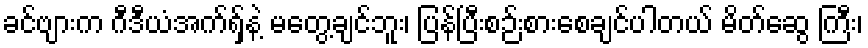
ခင်ဗျားက ဂီဒီယံအက်ရှ်နဲ့ မတွေ့ချင်ဘူး၊ ပြန်ပြီးစဉ်းစားစေချင်ပါတယ် မိတ်ဆွေ ကြီး၊